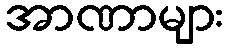
အာဏာများ